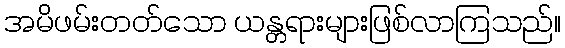
အမိဖမ်းတတ်သော ယန္တရားများဖြစ်လာကြသည်။